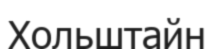
Хольштайн